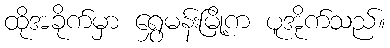
ထိုအခိုက်မှာ ရွှေမန်းမြို့က ပူအိုက်သည်။